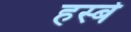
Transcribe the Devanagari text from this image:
हस्बे